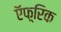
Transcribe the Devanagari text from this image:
ऍफ़्रिक